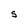
Character: S